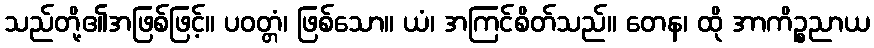
သည်တို့၏အဖြစ်ဖြင့်။ ပဝတ္တံ၊ ဖြစ်သော။ ယံ၊ အကြင်စိတ်သည်။ တေန၊ ထို အာကိဉ္စညာယ